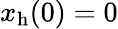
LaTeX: x_{\mathrm{h}}(0)=0